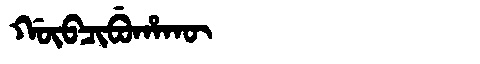
Manchu: ᡤᡡᠪᠴᡳᠪᡠᡥᠠᡴᡡ
Romanization: GŪBCIBUHAKŪ